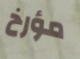
مؤرخ